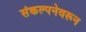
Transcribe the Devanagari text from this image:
संकल्पनेवरून